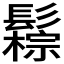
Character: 𩯖